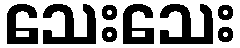
သေးသေး